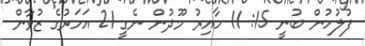
ފުލުހުން ބުނީ 15: 11 ހާއިރު މޫދުން ނެގީ 21 އަހަރުގެ ޒުވާން